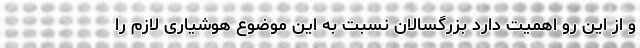
و از این رو اهمیت دارد بزرگسالان نسبت به این موضوع هوشیاری لازم را